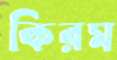
কিরম